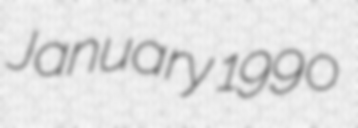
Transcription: January 1990